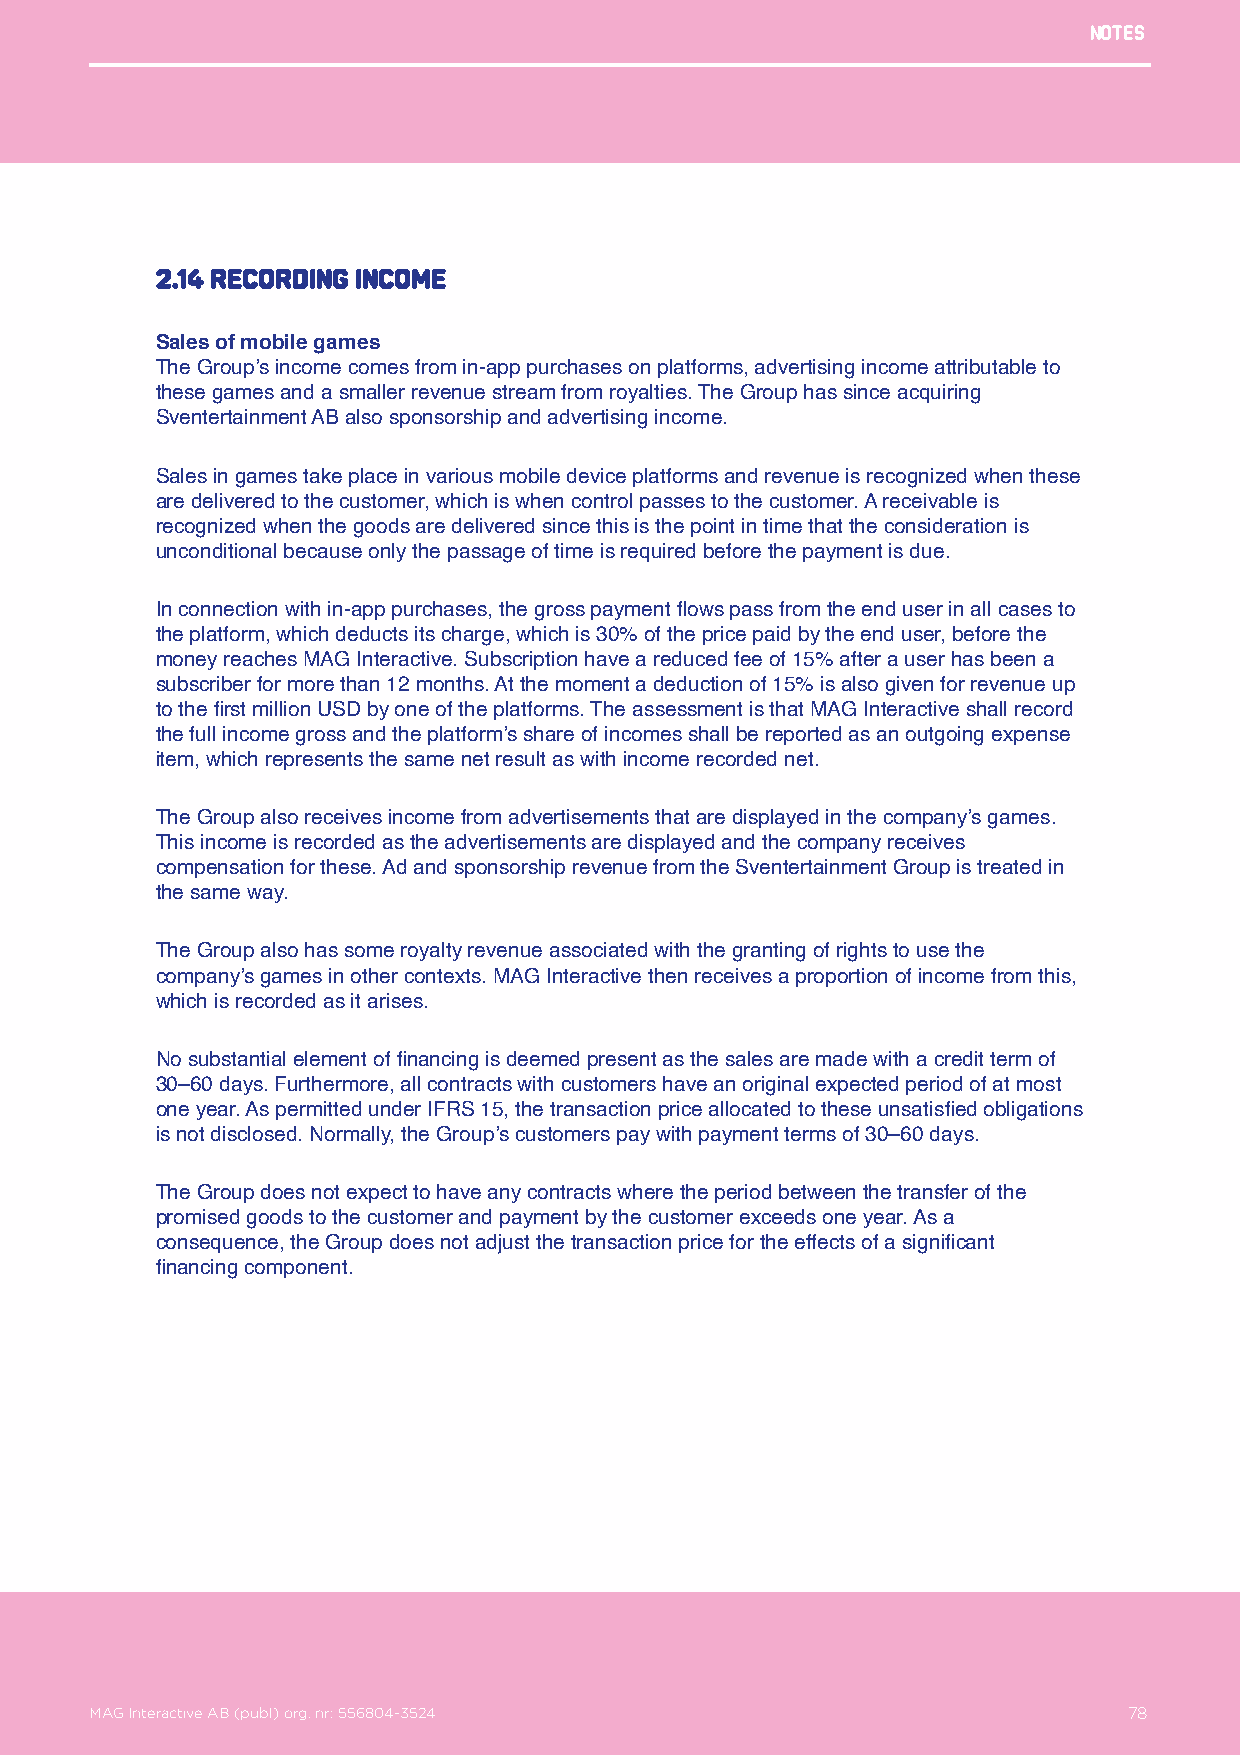
Notes
 2.14 Recording income
 Sales of mobile games
 The Group’s income comes from in-app purchases on platforms, advertising income attributable to
 these games and a smaller revenue stream from royalties. The Group has since acquiring
 Sventertainment AB also sponsorship and advertising income.
 Sales in games take place in various mobile device platforms and revenue is recognized when these
 are delivered to the customer, which is when control passes to the customer. A receivable is
 recognized when the goods are delivered since this is the point in time that the consideration is
 unconditional because only the passage of time is required before the payment is due.
 In connection with in-app purchases, the gross payment flows pass from the end user in all cases to
 the platform, which deducts its charge, which is 30% of the price paid by the end user, before the
 money reaches MAG Interactive. Subscription have a reduced fee of 15% after a user has been a
 subscriber for more than 12 months. At the moment a deduction of 15% is also given for revenue up
 to the first million USD by one of the platforms. The assessment is that MAG Interactive shall record
 the full income gross and the platform’s share of incomes shall be reported as an outgoing expense
 item, which represents the same net result as with income recorded net.
 The Group also receives income from advertisements that are displayed in the company’s games.
 This income is recorded as the advertisements are displayed and the company receives
 compensation for these. Ad and sponsorship revenue from the Sventertainment Group is treated in
 the same way.
 The Group also has some royalty revenue associated with the granting of rights to use the
 company’s games in other contexts. MAG Interactive then receives a proportion of income from this,
 which is recorded as it arises.
 No substantial element of financing is deemed present as the sales are made with a credit term of
 30–60 days. Furthermore, all contracts with customers have an original expected period of at most
 one year. As permitted under IFRS 15, the transaction price allocated to these unsatisfied obligations
 is not disclosed. Normally, the Group’s customers pay with payment terms of 30–60 days.
 The Group does not expect to have any contracts where the period between the transfer of the
 promised goods to the customer and payment by the customer exceeds one year. As a
 consequence, the Group does not adjust the transaction price for the effects of a significant
 financing component.
 MAG Interactive AB (publ) org. nr: 556804-3524                   78
 MAG Interactive AB (publ) org. nr: 556804-3524                       78